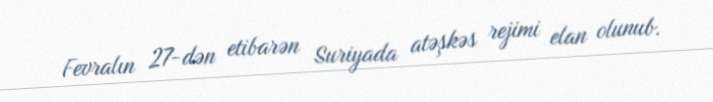
Fevralın 27-dən etibarən Suriyada atəşkəs rejimi elan olunub.